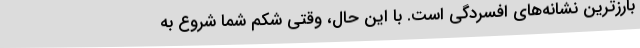
بارزترین نشانه‌های افسردگی است. با این حال، وقتی شکم شما شروع به